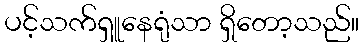
ပင့်သက်ရှူနေရုံသာ ရှိတော့သည်။